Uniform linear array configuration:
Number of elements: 64
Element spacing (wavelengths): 0.25
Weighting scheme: uniform
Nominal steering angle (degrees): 60
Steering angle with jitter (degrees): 59.656
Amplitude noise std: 0.05
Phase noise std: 0.05

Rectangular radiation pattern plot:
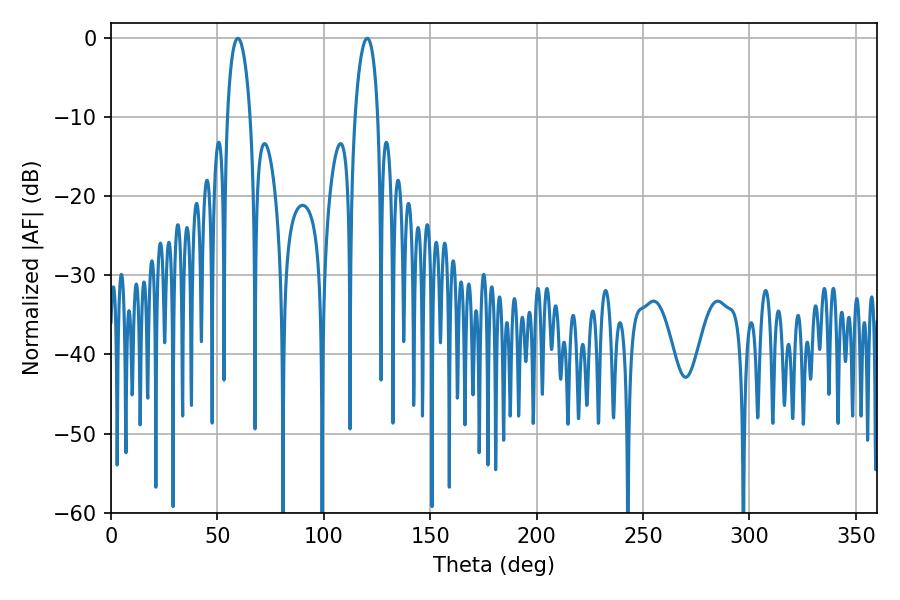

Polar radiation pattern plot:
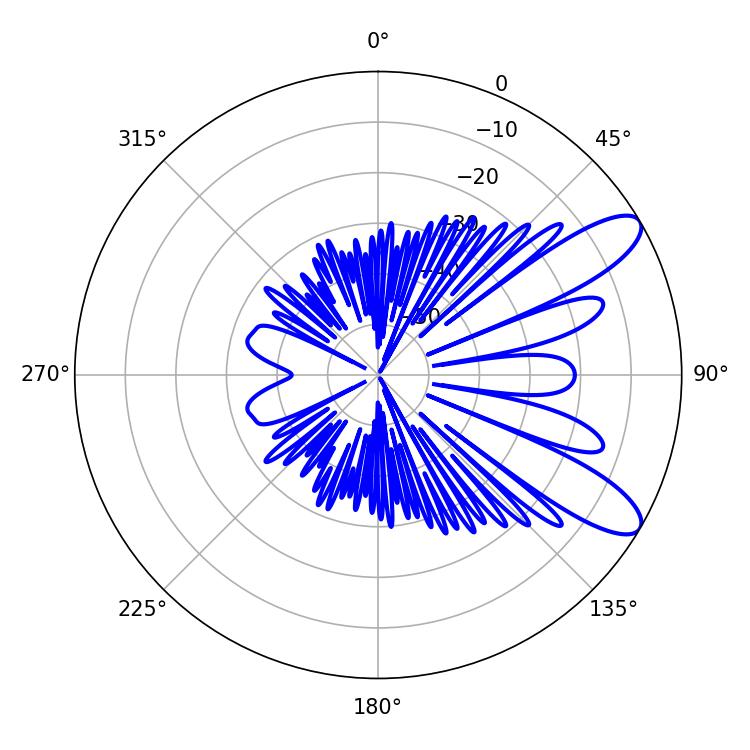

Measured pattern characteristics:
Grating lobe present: FALSE
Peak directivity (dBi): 9.782
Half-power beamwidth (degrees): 6.12
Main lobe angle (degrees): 59.58